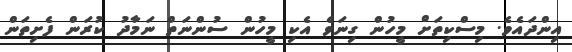
އިންދައެވެ. މިސްކިތަށް މީހުން ގިނަވެ އެކި މީހުން ސުންނަތް ނަމާދު ކުރަން ފެށިތަން